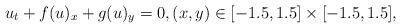
LaTeX: \begin{align*}u_t+f(u)_x+g(u)_y=0,(x,y)\in[-1.5,1.5]\times[-1.5,1.5],\end{align*}